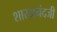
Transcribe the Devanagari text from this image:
शारदानंदजी